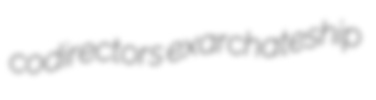
codirectors exarchateship